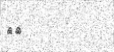
٧٨